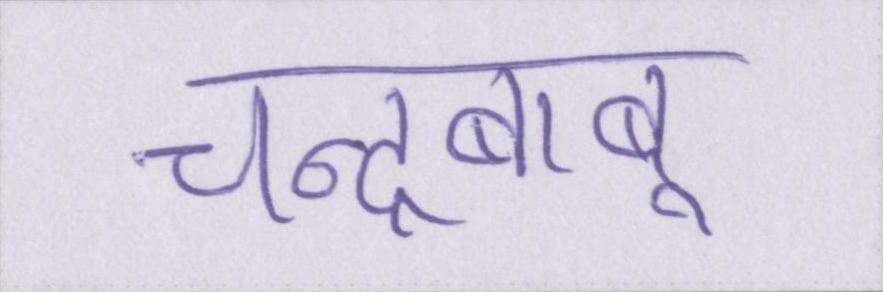
चन्द्रबाबू